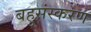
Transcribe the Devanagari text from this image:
बहुसंस्करण